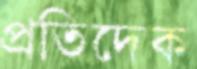
প্রতিদেক